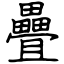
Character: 疊